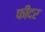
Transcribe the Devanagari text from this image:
फीदर